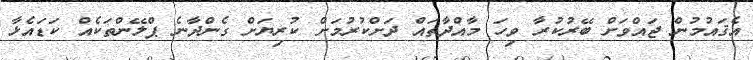
އެޤައުމުން ޖައްވަށް ބޭރުކުރާ ވިހަ މާއްދާތައް ދަށްކުރުމަށް ކުރިޔަށް ގެންދާނެ ޕްލޭންތަކެއް ކަޑައެޅާ